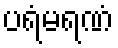
ပရံမရဏံ